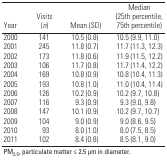
| Year | Visits (n) | Mean (SD) | Median (25th percentile, 75th percentile) |
 | --- | --- | --- | --- |
 | 2000 | 141 | 10.5 (0.8) | 10.5 (9.9, 11.0) |
 | 2001 | 245 | 11.8 (0.7) | 11.7 (11.3, 12.3) |
 | 2002 | 173 | 11.8 (0.6) | 11.9 (11.5, 12.2) |
 | 2003 | 106 | 11.7 (0.8) | 11.7 (11.4, 12.2) |
 | 2004 | 169 | 10.8 (0.9) | 10.8 (10.4, 11.3) |
 | 2005 | 193 | 10.8 (1.0) | 11.0 (10.4, 11.4) |
 | 2006 | 126 | 10.2 (0.9) | 10.2 (9.7, 10.8) |
 | 2007 | 116 | 9.3 (0.9) | 9.3 (9.0, 9.8) |
 | 2008 | 147 | 10.1 (0.9) | 10.2 (9.7, 10.7) |
 | 2009 | 104 | 9.0 (0.9) | 9.0 (8.6, 9.5) |
 | 2010 | 93 | 8.0 (1.0) | 8.0 (7.5, 8.5) |
 | 2011 | 102 | 8.4 (0.8) | 8.5 (8.1, 9.0) |
 | <COLSPAN=4> PM2.5, particulate matter ≤ 2.5 μm in diameter. |